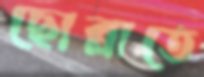
ছোব্‌লাতে